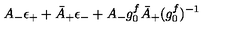
A _ { - } \epsilon _ { + } + \bar { A } _ { + } \epsilon _ { - } + A _ { - } g _ { 0 } ^ { f } \bar { A } _ { + } ( { g _ { 0 } ^ { f } } ) ^ { - 1 }